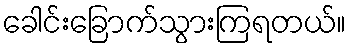
ခေါင်းခြောက်သွားကြရတယ်။